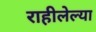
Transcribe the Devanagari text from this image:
राहीलेल्या